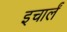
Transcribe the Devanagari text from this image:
इचार्लं